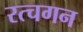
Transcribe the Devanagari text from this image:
रत्चगन